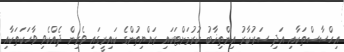
އިހްސާސްތަކާއި އަދި ސަރުކާރު އިންތިޚާބު ކުރުމަށްޓަކައި ރައްޔިތުންގެ ކައިރީގައި ވެރިން ދެއްކެވި ވާހަކަތަކާއި